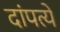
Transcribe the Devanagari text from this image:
दांपत्ये